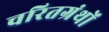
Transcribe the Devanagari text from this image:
चरितग्रंथों